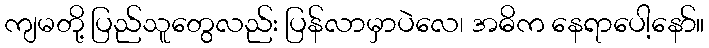
ကျမတို့ ပြည်သူတွေလည်း ပြန်လာမှာပဲလေ၊ အဓိက နေရာပေါ့နော်။